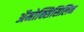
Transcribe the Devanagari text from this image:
ॲमोक्सिसिलिन